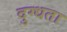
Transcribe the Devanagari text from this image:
दुग्धता